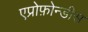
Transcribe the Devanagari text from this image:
एप्रोफ़ोन्डीस